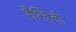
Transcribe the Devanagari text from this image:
शैन्तिली